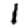
Digit: 1